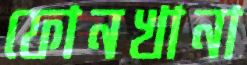
ফোনখানা